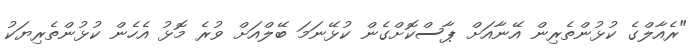
"ރެއާލްގެ ކުޅުންތެރިން އޭނާއަށް ޕާސްކޮށްގެން ކުޅޭނަމަ ބޭލްއަށް ވުރެ މޮޅު އެހެން ކުޅުންތެރިޔަކު